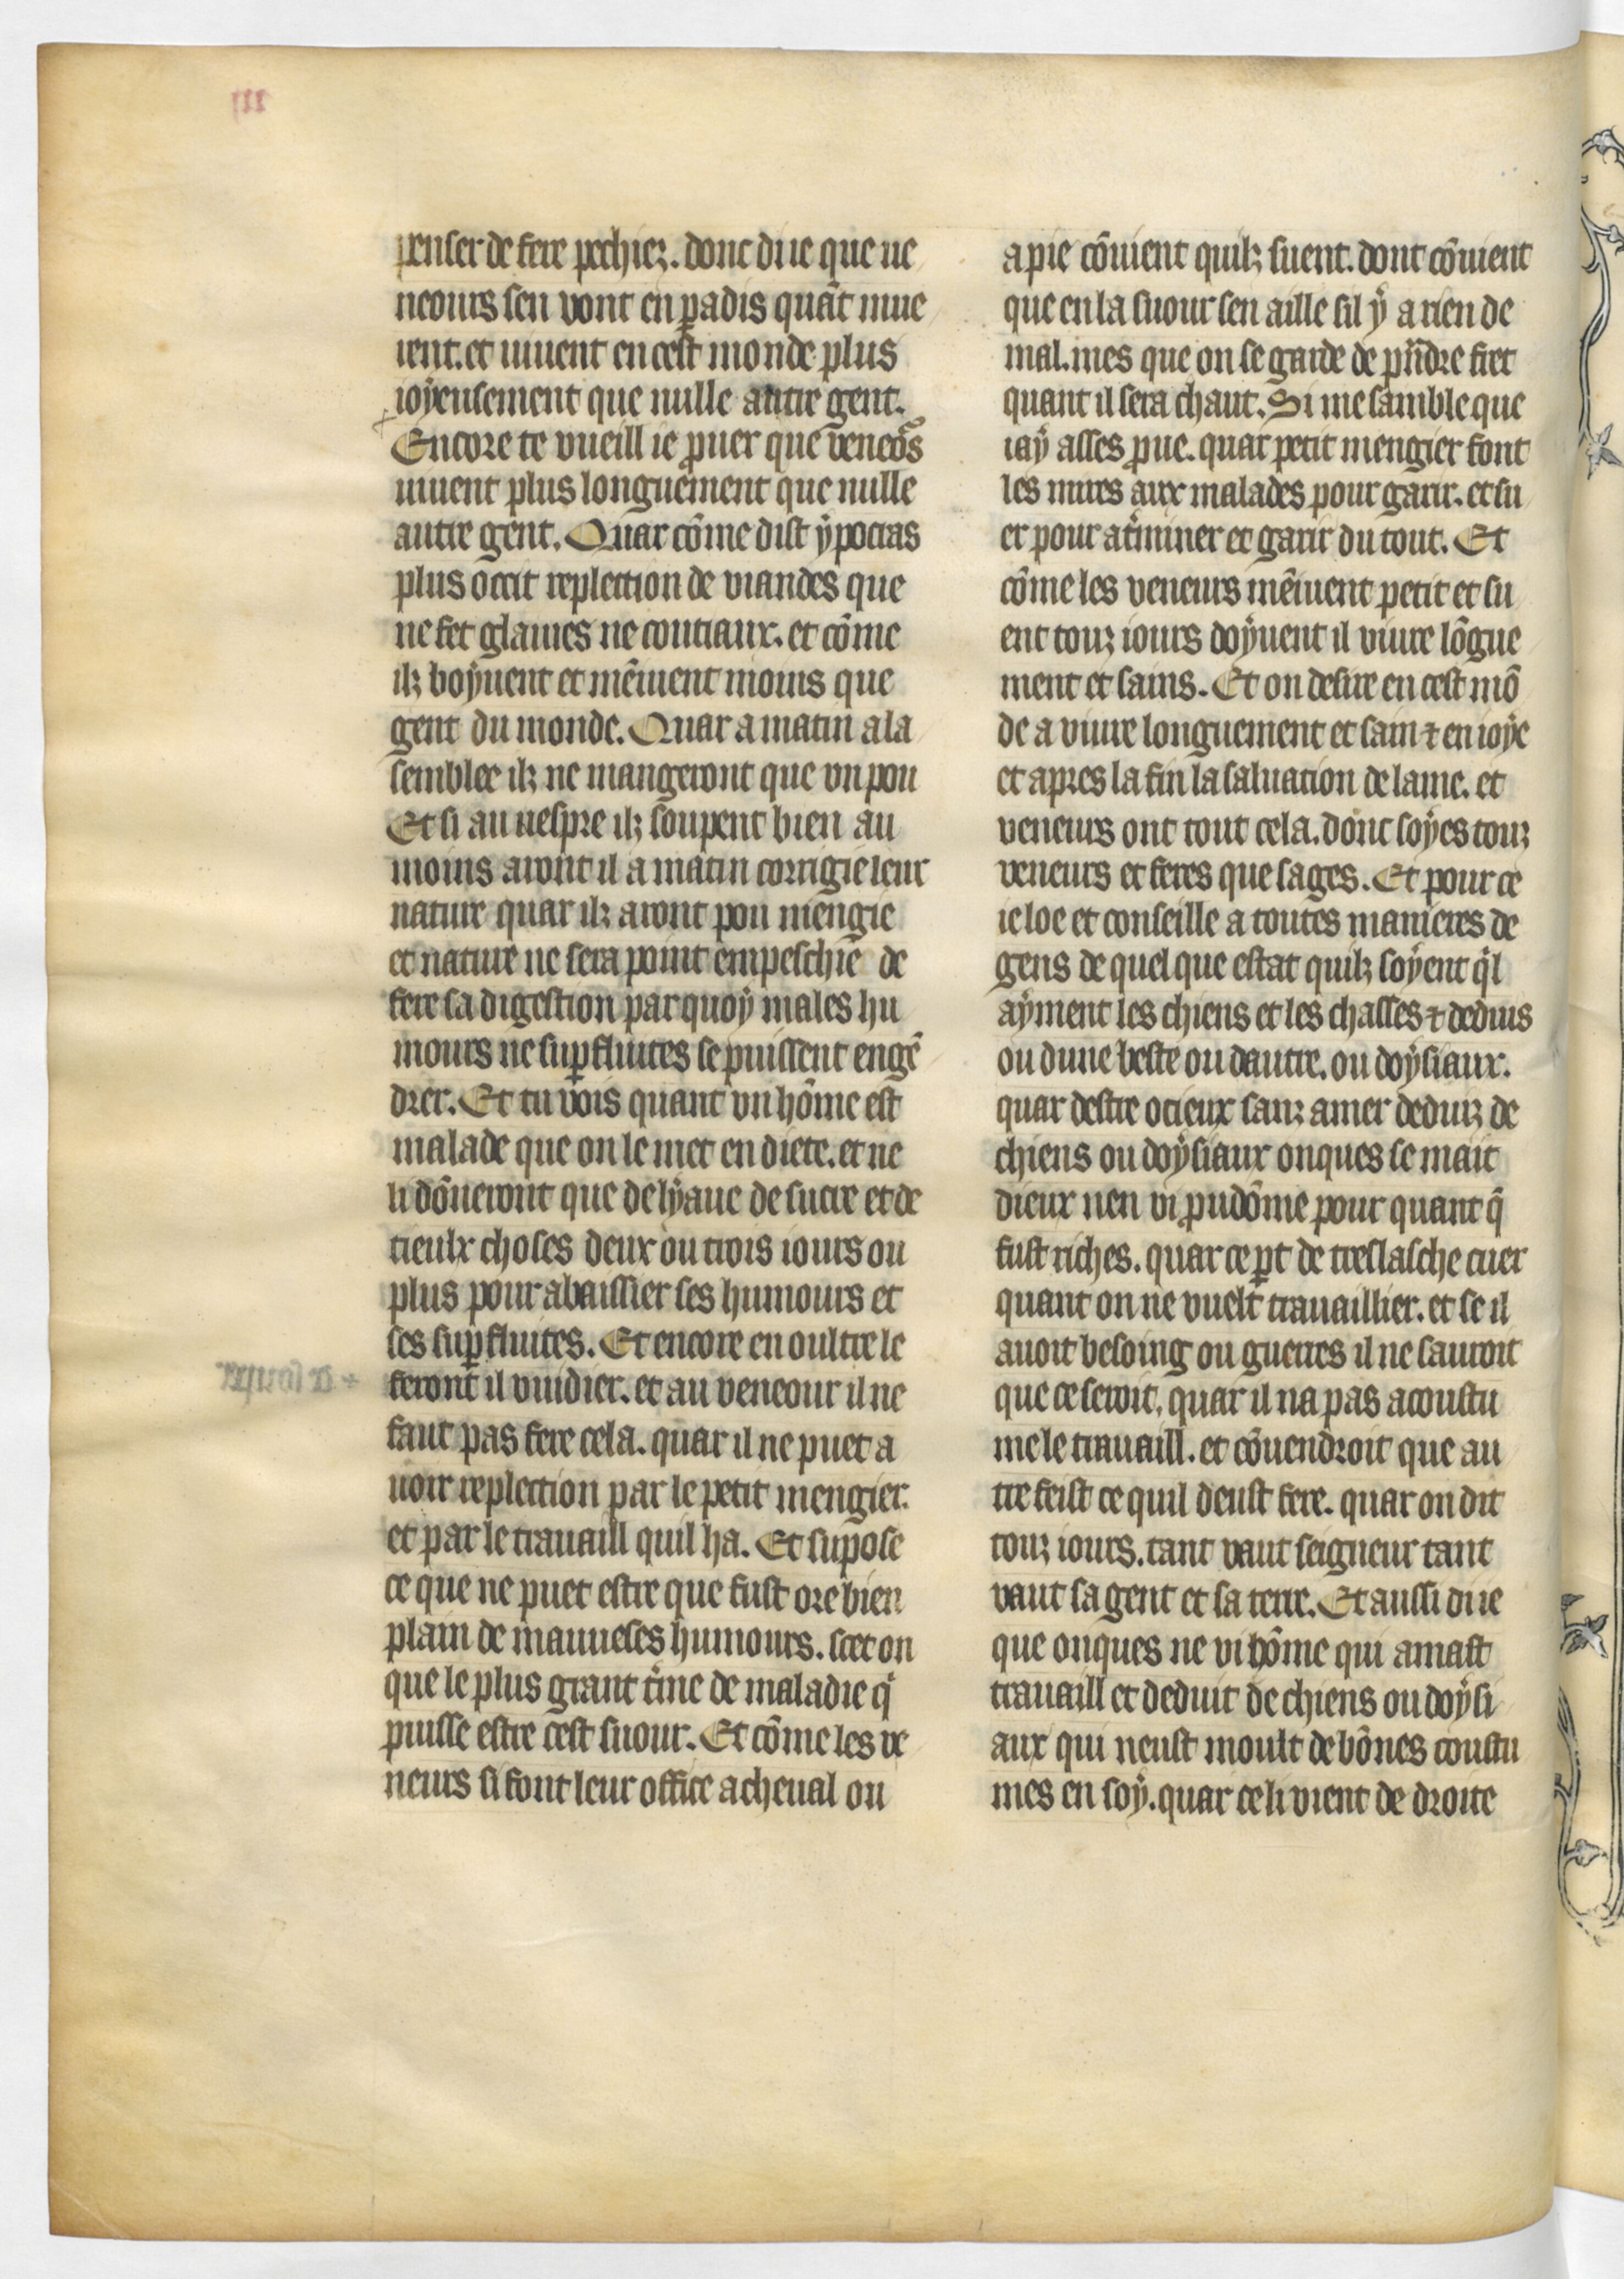
Shelfmark: Paris, BnF, fr. 619
Century: 14